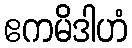
ဧကမိဒါဟံ